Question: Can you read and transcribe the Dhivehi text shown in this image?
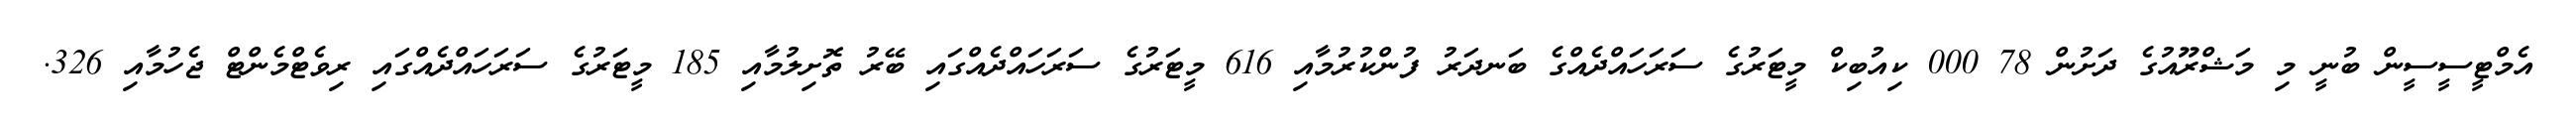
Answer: އެމްޓީސީސީން ބުނީ މި މަޝްރޫއުގެ ދަށުން 78 000 ކިއުބިކް މީޓަރުގެ ސަރަހައްދެއްގެ ބަނދަރު ފުންކުރުމާއި 616 މީޓަރުގެ ސަރަހައްދެއްގައި ބޭރު ތޮށިލުމާއި 185 މީޓަރުގެ ސަރަހައްދެއްގައި ރިވެޓްމެންޓް ޖެހުމާއި 326.